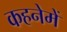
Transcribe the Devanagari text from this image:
कहनेमें